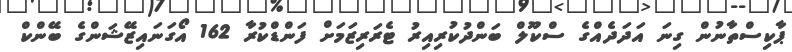
ޕާކިސްތާނުން ގިނަ އަދަދެއްގެ ސްކޫލް ބަންދުކުރިއިރު ޓެރަރިޒަމަށް ފަންޑްކުރާ 162 އޯގަނައިޒޭޝަންގެ ބޭންކް